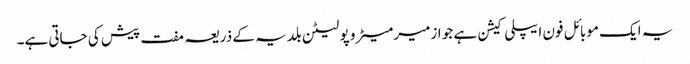
یہ ایک موبائل فون ایپلی کیشن ہے جو ازمیر میٹرو پولیٹن بلدیہ کے ذریعہ مفت پیش کی جاتی ہے۔